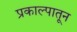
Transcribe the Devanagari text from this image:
प्रकाल्पातून